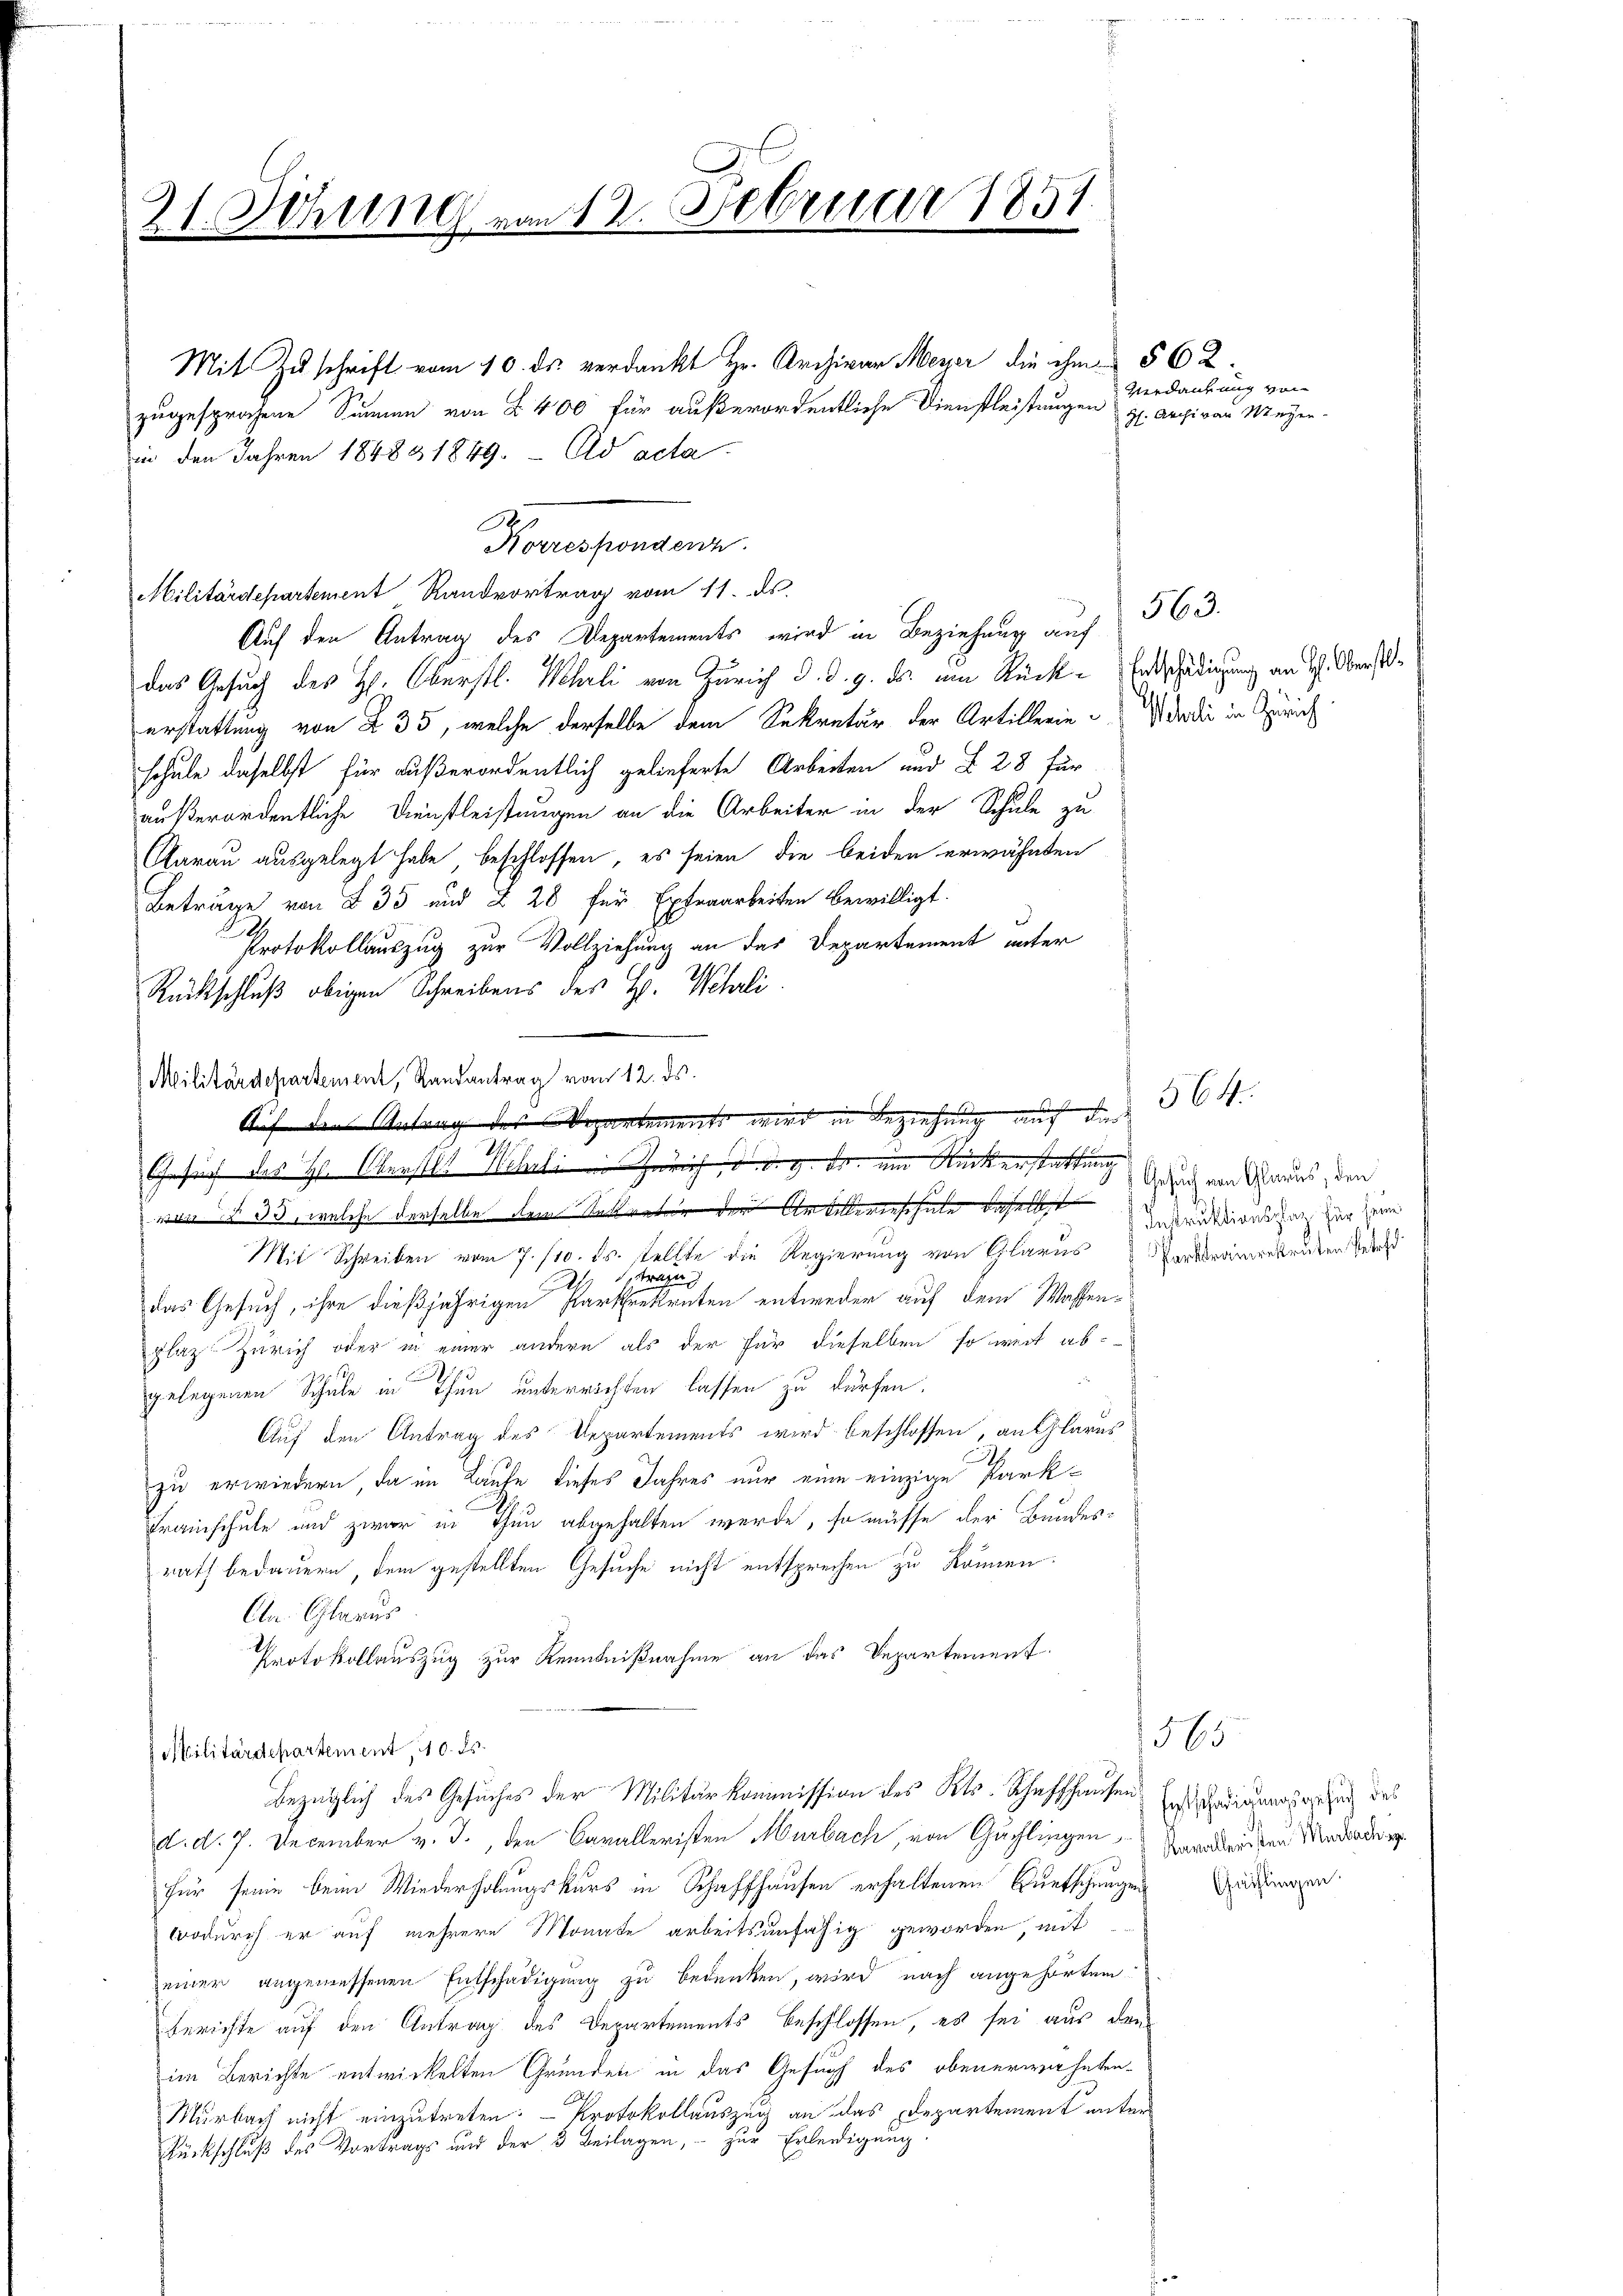
21. Sitzung von 12. Februar 1851.

Mit Zuschrift vom 10. ds. verdankt Hr. Archivar Meyer die ihm 562.
zugesprochene Sanen von § 400 für außerordentliche Dienstleistungen
Auf den Antrag des Departements wird in Beziehung auf
das Gesuch des H. Oberstl. Klarli von Zürich d. d. 9. ds. am Rück- Entschädigung an H. Obererstattung von § 35, welche derselbe dem Sekretär der Artillerie codi in Zürich
schule daselbst für außerordentlich gelieferte Arbeiten und § 28 für
außerordentliche Dienstleistungen an die Arbeiter in der Schule zu
Aarau ausgelegt habe, beschlossen, es seien die beiden erwähnten
Beträge von § 35 und § 28 für Extraarbeiten bewilligt.
e
Protokollauszug zur Vollziehung an das Departement unter
Rückschluß obigen Schreibens des H. Wehrli
Militärdepartement, Randantrag vom 12. ds.
Mit Schreiben vom 7./10. ds. stellte die Regierung von Glarus Portramentreten Rede
tragung
A
das Gesuch, ihre dießjährigen Parkrekruten entweder auf dem Wassenplaz. Zürich oder in einer andern als der für dieselben so weit abgelegenen Schule in Thun unterrichten lassen zu dürfen.
Auf den Antrag des Departements wird beschlossen, an Glarus
zu erwiedern, da im Kaufe dieses Jahres nur eine einzige Park¬
Fraischule und zwar in Thun abgehalten werde, so müsse der Bundes-
rath bedauern dem gestellten Gesuche nicht entsprechen zu können.
An: Glarus
Protokollauszug zur Kenntnißnahme an das Departement
Militärdepartement, 10. ds.
bezüglich des Gesuches der Militärkommission des Kts. Schaffhausen
d. d. 7. December v. J., den Cavalleristen Murbach, von Guchlingen Verabreden Mediade
für seine beim Wiederholungskurs in Schaffhausen erhaltenen Kuntschunge
wodurch er auf mehrere Monate arbeitsunfähig geworden, mit
einer angemessenen Entschädigung zu bedenken, wird nach angehörtem
Berichte auf den Antrag des Departements beschlossen, es sei aus dem
im Berichte entwickelten Grunden in das Gesuch des obenerwähnten
Murbach nicht einzutreten. - Protokollauszug an das Departement unter
Rückschluß des Vortrags und der 3 Beilagen, – zur Erledigung.

in den Jahren 1848 & 1849. Ad acta

Korresponden.
Militärdepartement Randvortrag vom 11. ds.

in Beziehung auf die
Auf den Antrag des Departements wird
Gesuch des H. Oberstll Wehrli Zürich d. d. 9. ds. um Rückenstattung
von § 33, welche derselbe dem Sekretär der Dr Allerinschale, daselbst

Verdankung von
H. Archivau Meyer.

563.

564.

Gesuch von Glarus, den
Instruktionsplatz für seine

1565
Entschädigungsgesuch des
Chächlingen.